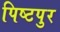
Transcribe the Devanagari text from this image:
पिष्टपुर